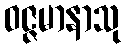
ဝဇ္ဇမာနာသု